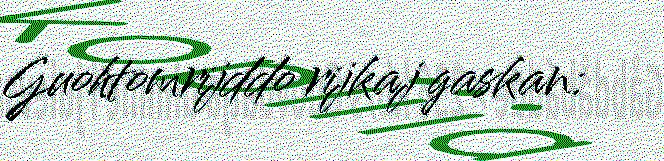
Guohtomrijddo rijkaj gaskan: